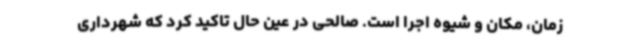
زمان، مکان و شیوه اجرا است. صالحی در عین حال تاکید کرد که شهرداری